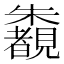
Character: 𣠶